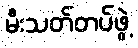
မီးသတ်တပ်ဖွဲ့